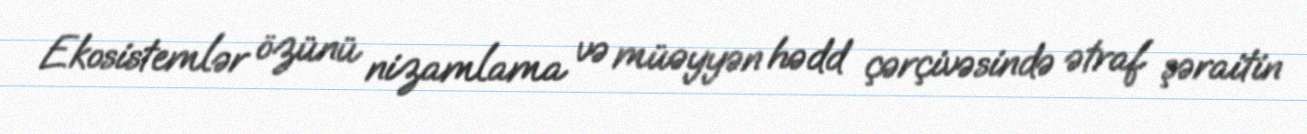
Ekosistemlər özünü nizamlama və müəyyən hədd çərçivəsində ətraf şəraitin